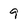
Character: 9